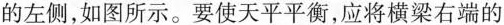
的左侧，如图所示。要使天平平衡，应将横梁右端的